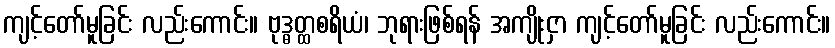
ကျင့်တော်မူခြင်း လည်းကောင်း။ ဗုဒ္ဓတ္ထစရိယံ၊ ဘုရားဖြစ်ရန် အကျိုးငှာ ကျင့်တော်မူခြင်း လည်းကောင်း။